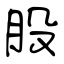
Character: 股